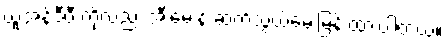
ယူအန်ဒီပီ ကိုလည်း အီးမေးနဲ့ ဆက်သွယ်မေးမြန်းထားပါတယ်။